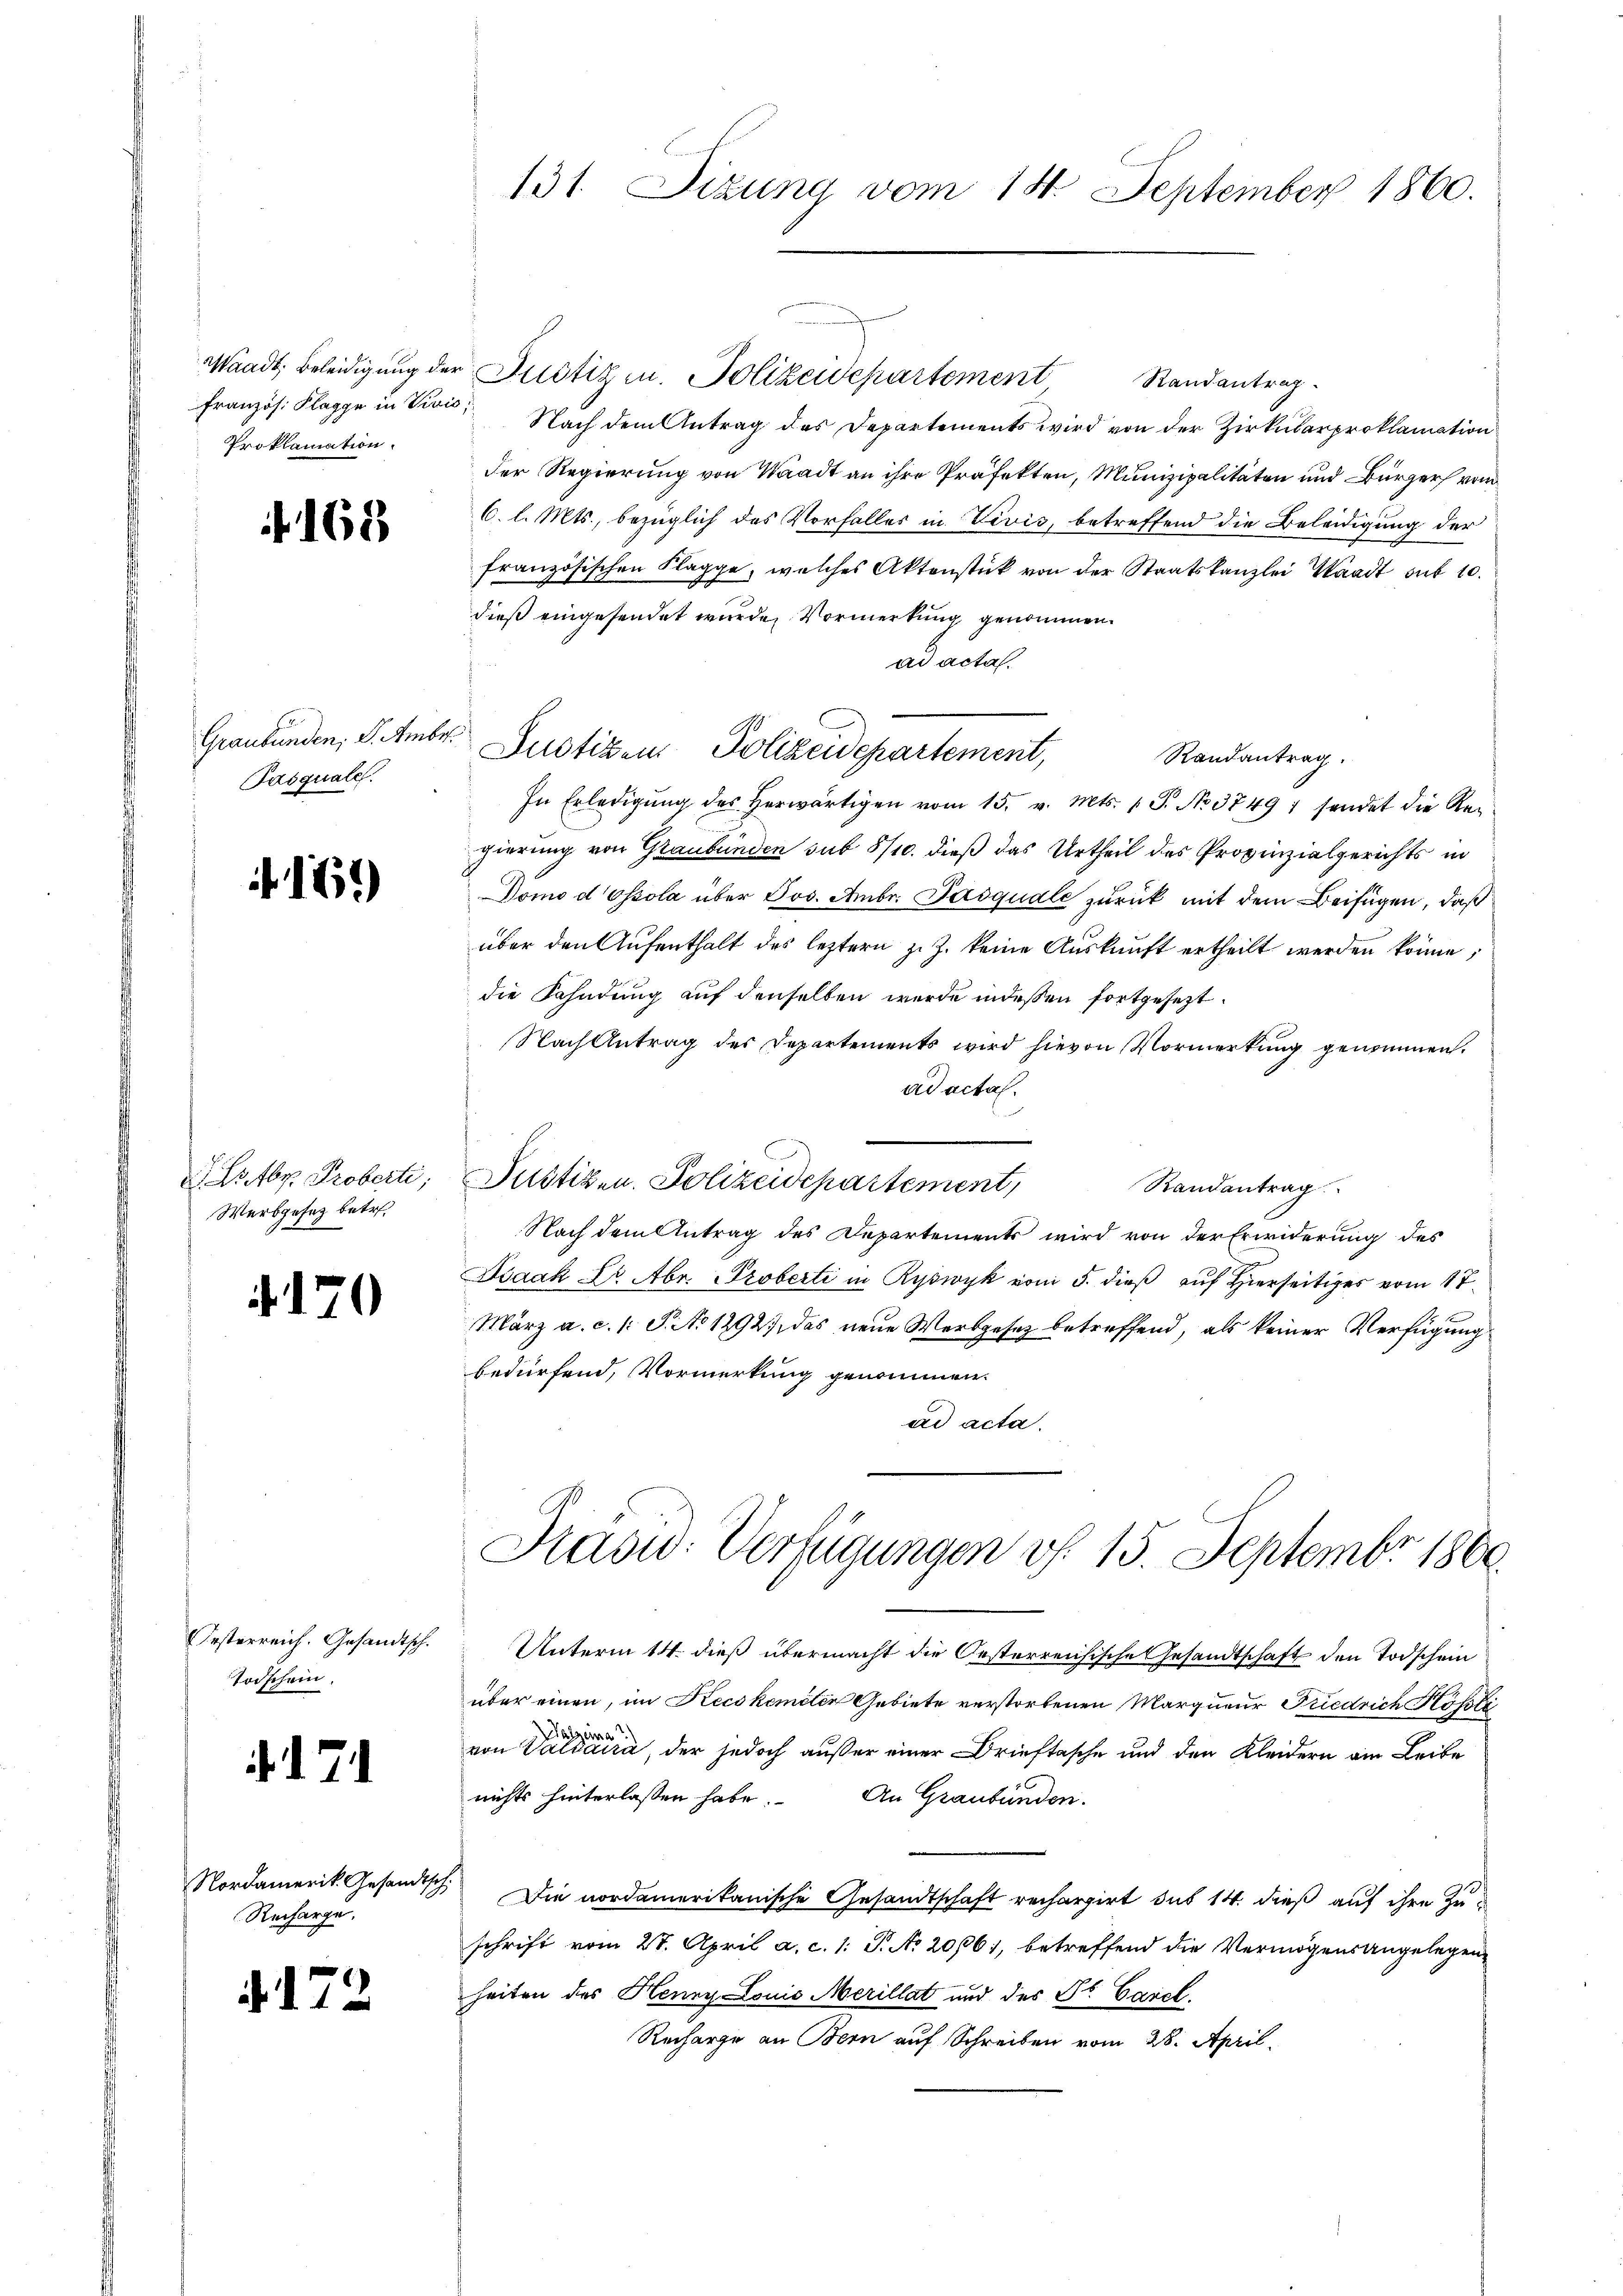
Französ. Flagge in Vivis,
Proklamation.

f 162

Pasquale.

169)

d Estr. Proberte,
Werbgesez betr.

i

Festerreich. Gesandtsch.
Todschein.

.d. 7

¬

Nordamerik. Gesandtsch
Recharge,

172

131. Sizung vom 14. September 1860.

Waadt, Beleidigung der Justiz in Polizeidepartement
Randantrag
Nach dem Antrag des Departements wird von der Zirkularproklamation
Der Regierung von Waadt an ihre Präfekten, Munizipalitäten und Bürger von
6. l. Mts., bezüglich des Vorfaller in Vivis, betreffend die Beleidigung der
französischen Klagge, welches Aktenstück von der Staatskanzlei Waadt sub 10.
dieß eingesendet wurden Vormerkung genommen.
ad acta
Graubünden, S. Amber Justizen Polizeidepartement,
Randantrag
In Erledigŭng des herwärtigen vom 15. v. Mts. (T. No. 37497 sendet die Regierung von Graubünden sub 8/10. dieß das Urtheil des Provinzialgerichts in
Domo dössola über Jos. Ambr. Pasquale zurück mit dem Beifügen, daß
über den Aufenthalt des leztern z. Z. keine Auskunft ertheilt werden könne;
die Fahndung auf denselben werde indessen fortgesezt.
Nach Antrag des Departements wird hievon Vormerkung genommen.
ad actal.
Justizen. Polizeidepartement,
Randantrag
Nach dem Antrag des Departement wird von der Erwiderung des
Dozak Dr. Abr. Proberti in Ryswyk vom 5. dieß auf Hierseits vom 17.
März a. c. 1: P. No 1292), das neue Werbgesez betreffend, als keiner Verfügung
bedürfend, Vormerkung genommen.
ad acta.
Kasid: Verfügungen v. 15. Septembr 1800.
Unterm 14. dieß übermacht die Oesterreichische Gesandtschaft den Todschein
über einen, im Kecskemeter Gebiete verstorbenen Marqueur Friedrich Köste
Walzeina
von Valsaura, der jedoch außer einer Brieftasche und den Kleidern am Leibe
nichts hinterlassen habe. An Graubünden.
1.Die nordamerikanische Gesandtschaft rechargirt das 14. dieß auf ihre Zu-
schrift vom 28. April a. c. 1: P. No 2016), betreffend die Vermögensangelegen.
heiten des Henry Louis Merillat und des St. Carel.
Recharge an Bern auf Schreiben vom 28. April.